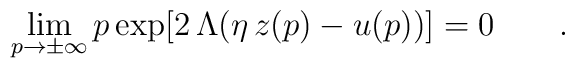
\lim_{p\to\pm\infty}p\exp[2\,\Lambda ( \eta \,z(p)-u(p))]=0\qquad.